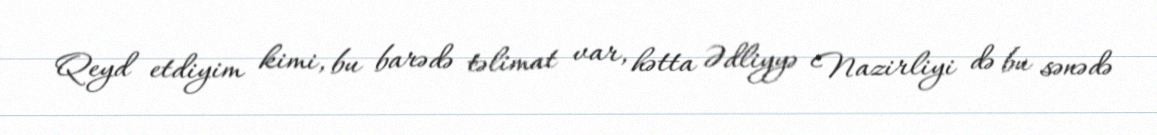
Qeyd etdiyim kimi, bu barədə təlimat var, hətta Ədliyyə Nazirliyi də bu sənədə